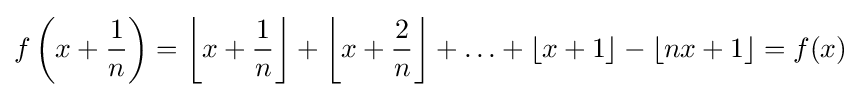
f\left(x+{\frac {1}{n}}\right)=\left\lfloor x+{\frac {1}{n}}\right\rfloor +\left\lfloor x+{\frac {2}{n}}\right\rfloor +\ldots +\left\lfloor x+1\right\rfloor -\lfloor nx+1\rfloor =f(x)